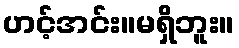
ဟင့်အင်း။မရှိဘူး။